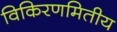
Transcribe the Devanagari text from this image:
विकिरणमितीय